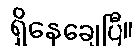
ရှိနေချေပြီ။